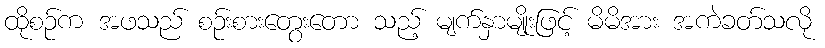
ထိုစဉ်က အဖသည် စဉ်းစားတွေးတော သည့် မျက်နှာမျိုးဖြင့် မိမိအား အကဲခတ်သလို